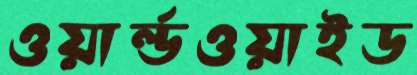
ওয়ার্ল্ডওয়াইড